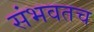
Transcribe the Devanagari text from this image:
संभवतच